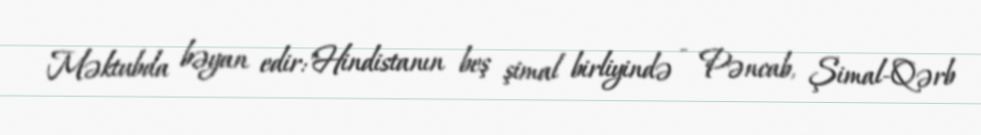
Məktubda bəyan edir:"Hindistanın beş şimal birliyində - Pəncab, Şimal-Qərb